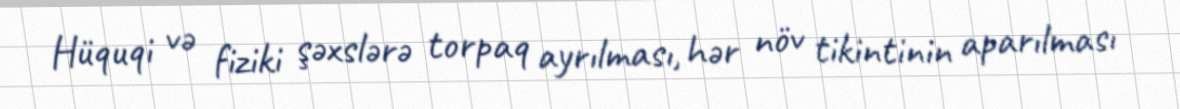
Hüquqi və fiziki şəxslərə torpaq ayrılması, hər növ tikintinin aparılması